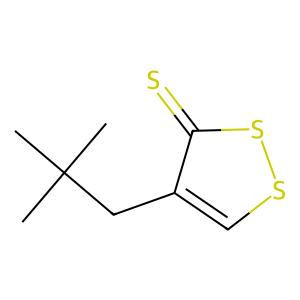
SMILES: CC(C)(C)Cc1cssc1=S
Inhibits HIV replication: No